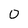
Character: 0